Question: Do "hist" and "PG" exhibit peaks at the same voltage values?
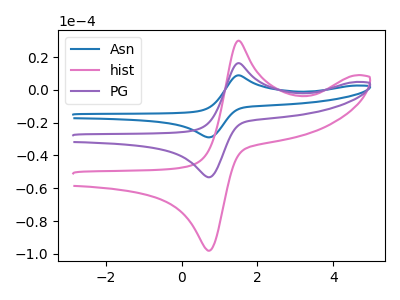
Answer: <think>The blue curve "Asn" has an anodic peak at (1.50V, 32.60uA) and a cathodic peak at (0.70V, -106.55uA). The pink curve "hist" has an anodic peak at (1.50V, 30.00uA) and a cathodic peak at (0.70V, -98.05uA). The purple curve "PG" has an anodic peak at (1.50V, 16.30uA) and a cathodic peak at (0.70V, -53.25uA).</think>
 <answer>Yes, "hist" have a peak in "PG" at the same potential.</answer>
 <eval>match</eval>